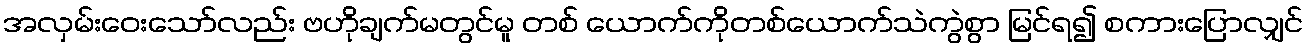
အလှမ်းဝေးသော်လည်း ဗဟိုချက်မတွင်မူ တစ် ယောက်ကိုတစ်ယောက်သဲကွဲစွာ မြင်ရ၍ စကားပြောလျှင်